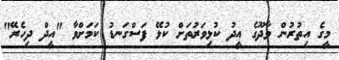
މީގެ އިތުރުން ވާދޫގެ އީދު ކުޅިވަރުތަށް ކުޅޭ ފަސްގަނޑު ކަމަށްވާ "އީދް ދިހެރޭ"